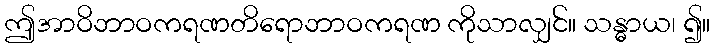
ဤအာဝိဘာဝကရဏတိရောဘာဝကရဏ ကိုသာလျှင်။ သန္ဓာယ၊ ၍။